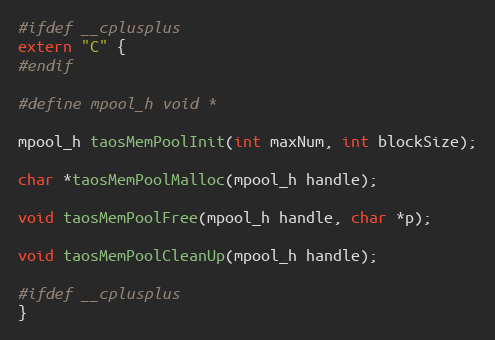
Language: C
#ifdef __cplusplus
extern "C" {
#endif

#define mpool_h void *

mpool_h taosMemPoolInit(int maxNum, int blockSize);

char *taosMemPoolMalloc(mpool_h handle);

void taosMemPoolFree(mpool_h handle, char *p);

void taosMemPoolCleanUp(mpool_h handle);

#ifdef __cplusplus
}